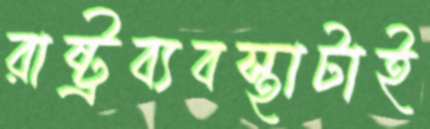
রাষ্ট্রব্যবস্থাটাই